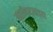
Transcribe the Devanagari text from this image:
स्त्रीवाद्याच्या